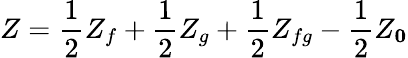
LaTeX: Z={\frac{1}{2}}Z_{f}+{\frac{1}{2}}Z_{g}+{\frac{1}{2}}Z_{fg}-{\frac{1}{2}}Z_{\mathbf 0}